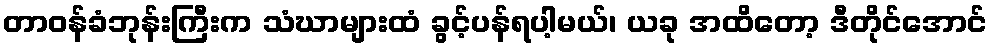
တာဝန်ခံဘုန်းကြီးက သံဃာများထံ ခွင့်ပန်ရပါ့မယ်၊ ယခု အထိတော့ ဒီတိုင်အောင်